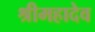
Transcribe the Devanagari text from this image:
श्रीमहादेव